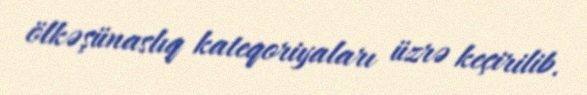
ölkəşünaslıq kateqoriyaları üzrə keçirilib.